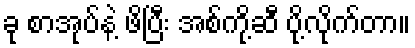
ခု စာအုပ်နဲ့ ဖိပြီး အစ်ကို့ဆီ ပို့လိုက်တာ။